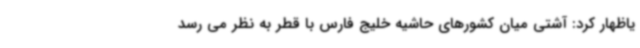
یاظهار کرد: آشتی میان کشورهای حاشیه خلیج فارس با قطر به نظر می رسد